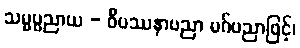
သမ္မပ္ပညာယ - ဝိပဿနာပညာ မဂ်ပညာဖြင့်၊